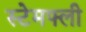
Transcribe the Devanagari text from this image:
स्टेमफ्ली